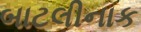
બાટલીનાક